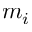
m _ { i }